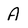
Character: A